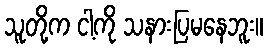
သူတို့က ငါ့ကို သနားပြမနေဘူး။